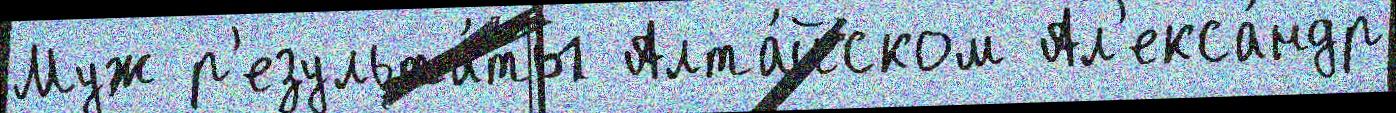
Муж р'езульта́ты Алта́йском Ал'екса́ндр